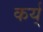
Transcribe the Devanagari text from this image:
कर्य्